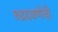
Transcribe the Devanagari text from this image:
रुद्रदवर्णची